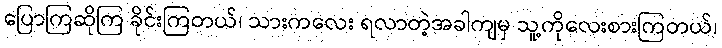
ပြောကြဆိုကြ ခိုင်းကြတယ်၊ သားကလေး ရလာတဲ့အခါကျမှ သူ့ကိုလေးစားကြတယ်၊